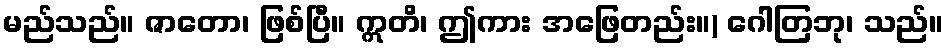
မည်သည်။ ဇာတော၊ ဖြစ်ပြီ။ ဣတိ၊ ဤကား အဖြေတည်း။) ဂေါတြဘု၊ သည်။